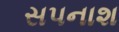
સપનાશ